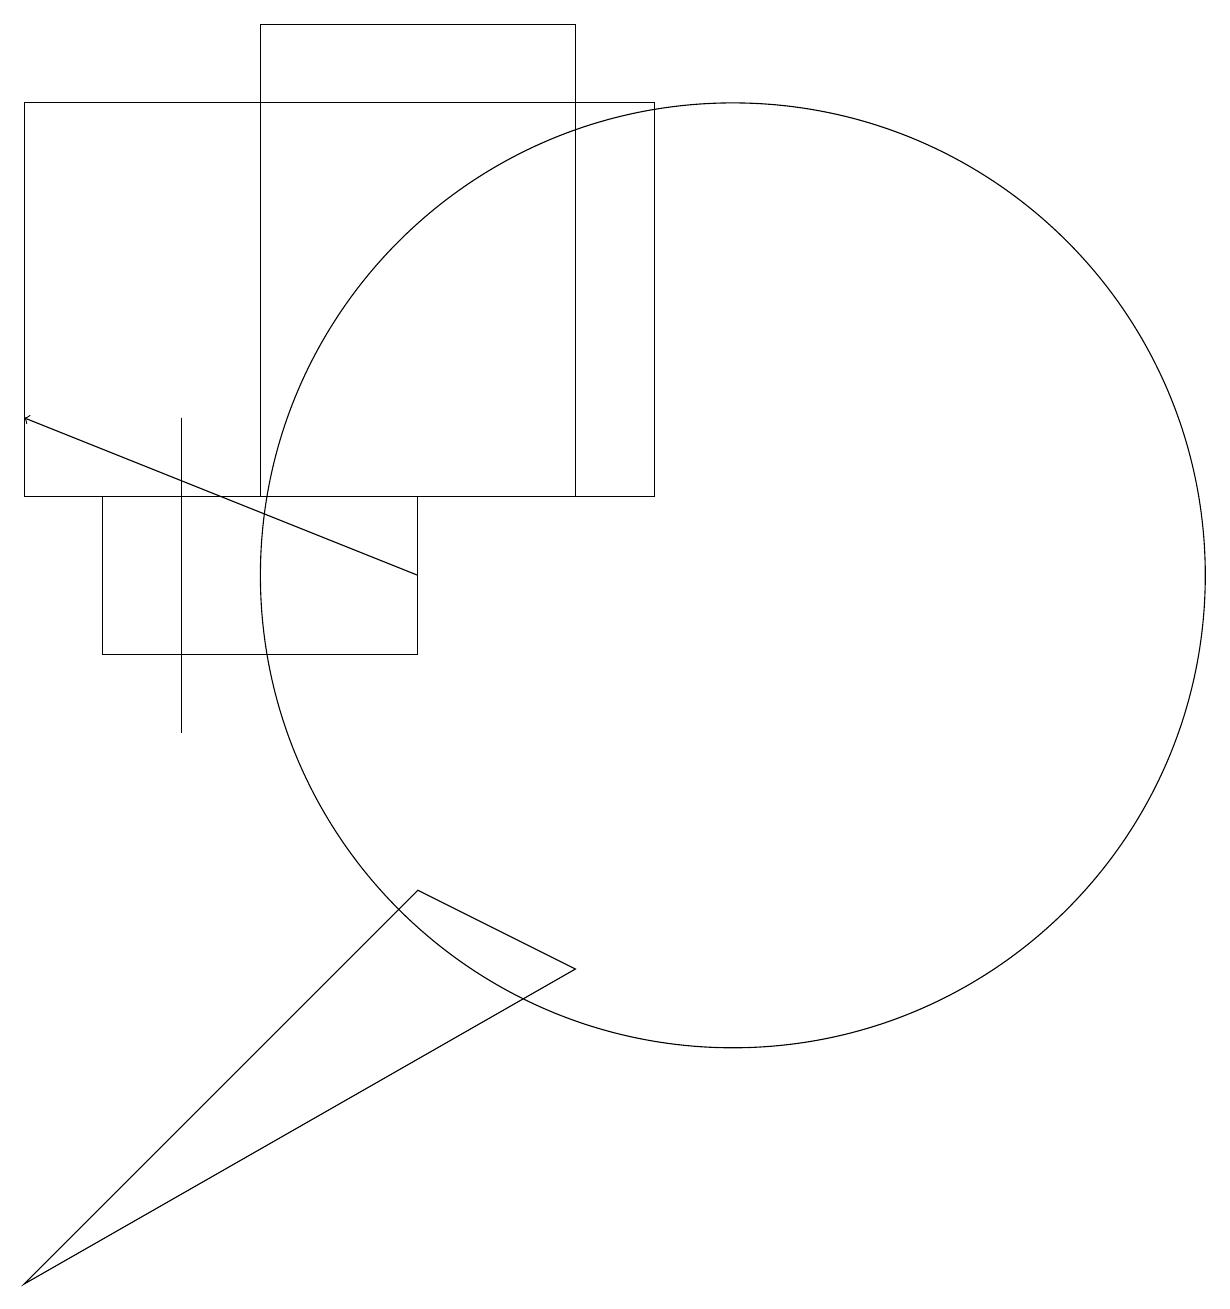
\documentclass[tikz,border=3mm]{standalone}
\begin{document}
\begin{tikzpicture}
\draw (10,11) circle (0);
\draw (9,13) rectangle (1,18);
\draw[->] (6,12) -- (1,14);
\draw (3,14) rectangle (3,10);
\draw (4,13) rectangle (8,19);
\draw (2,13) rectangle (6,11);
\draw (8,7) -- (1,3) -- (6,8) -- cycle;
\draw (10,12) circle (6);
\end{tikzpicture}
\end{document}